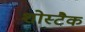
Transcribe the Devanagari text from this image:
शोस्टैक